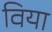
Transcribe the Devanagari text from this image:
विया